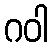
ဂဝါ